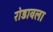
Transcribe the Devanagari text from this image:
रोडावला